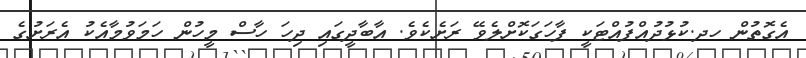
އެގޮތުން ހދ.ކުޅުދުއްފުއްޓަކީ ފާހަގަކޮށްލެވޭ ރަށެކެވެ. އާބާދީގައި ދިހަ ހާސް މީހުން ހަމަވުމާއެކު އެރަށުގެ